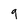
Character: 9